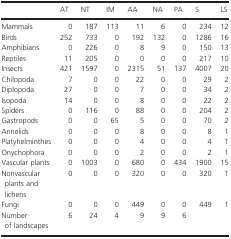
<table><thead><tr><td></td><td><b>AT</b></td><td><b>NT</b></td><td><b>IM</b></td><td><b>AA</b></td><td><b>NA</b></td><td><b>PA</b></td><td><b>S</b></td><td><b>LS</b></td></tr></thead><tbody><tr><td>Mammals</td><td>0</td><td>187</td><td>113</td><td>11</td><td>6</td><td>0</td><td>234</td><td>12</td></tr><tr><td>Birds</td><td>252</td><td>733</td><td>0</td><td>192</td><td>132</td><td>0</td><td>1286</td><td>16</td></tr><tr><td>Amphibians</td><td>0</td><td>226</td><td>0</td><td>8</td><td>9</td><td>0</td><td>150</td><td>13</td></tr><tr><td>Reptiles</td><td>11</td><td>205</td><td>0</td><td>0</td><td>0</td><td>0</td><td>217</td><td>10</td></tr><tr><td>Insects</td><td>421</td><td>1597</td><td>0</td><td>2315</td><td>51</td><td>137</td><td>4007</td><td>20</td></tr><tr><td>Chilopoda</td><td>7</td><td>0</td><td>0</td><td>22</td><td>0</td><td>0</td><td>29</td><td>2</td></tr><tr><td>Diplopoda</td><td>27</td><td>0</td><td>0</td><td>7</td><td>0</td><td>0</td><td>34</td><td>2</td></tr><tr><td>Isopoda</td><td>14</td><td>0</td><td>0</td><td>8</td><td>0</td><td>0</td><td>22</td><td>2</td></tr><tr><td>Spiders</td><td>0</td><td>116</td><td>0</td><td>88</td><td>0</td><td>0</td><td>204</td><td>2</td></tr><tr><td>Gastropods</td><td>0</td><td>0</td><td>65</td><td>5</td><td>0</td><td>0</td><td>70</td><td>2</td></tr><tr><td>Annelids</td><td>0</td><td>0</td><td>0</td><td>8</td><td>0</td><td>0</td><td>8</td><td>1</td></tr><tr><td>Platyhelminthes</td><td>0</td><td>0</td><td>0</td><td>4</td><td>0</td><td>0</td><td>4</td><td>1</td></tr><tr><td>Onychophora</td><td>0</td><td>0</td><td>0</td><td>2</td><td>0</td><td>0</td><td>2</td><td>1</td></tr><tr><td>Vascular plants</td><td>0</td><td>1003</td><td>0</td><td>680</td><td>0</td><td>434</td><td>1900</td><td>15</td></tr><tr><td>Nonvascular plants and lichens</td><td>0</td><td>0</td><td>0</td><td>320</td><td>0</td><td>0</td><td>320</td><td>1</td></tr><tr><td>Fungi</td><td>0</td><td>0</td><td>0</td><td>449</td><td>0</td><td>0</td><td>449</td><td>1</td></tr><tr><td>Number of landscapes</td><td>6</td><td>24</td><td>4</td><td>9</td><td>9</td><td>6</td><td></td><td></td></tr></tbody></table>